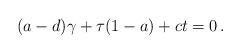
LaTeX: \begin{align*}(a-d)\gamma +\tau(1-a)+ct=0\,.\end{align*}